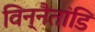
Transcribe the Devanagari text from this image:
विन्नैतांडि